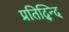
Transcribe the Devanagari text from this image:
प्रतिद्न्दि